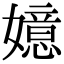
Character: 嬑